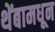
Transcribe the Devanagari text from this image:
थेंबामधून